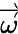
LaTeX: \overrightarrow{\omega}